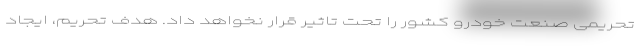
تحریمی صنعت خودرو کشور را تحت تاثیر قرار نخواهد داد. هدف تحریم، ایجاد